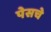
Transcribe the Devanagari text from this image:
पेसचे